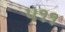
૫૧૧